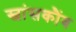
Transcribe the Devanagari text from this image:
स्वांसकौंब